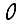
Digit: 0